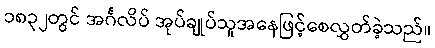
၁၈၃၂တွင် အင်္ဂလိပ် အုပ်ချုပ်သူအနေဖြင့်စေလွှတ်ခဲ့သည်။